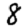
Digit: 8